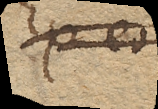
Ex eo